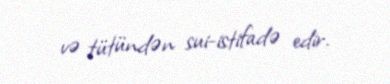
və tütündən sui-istifadə edir.